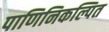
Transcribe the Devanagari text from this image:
पाणिनिकल्पित